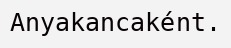
Anyakancaként.